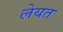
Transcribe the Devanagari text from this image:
लेयत